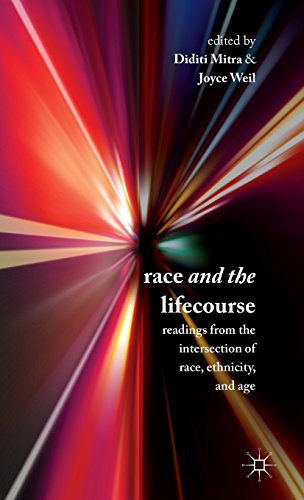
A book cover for Race and the Lifecourse: Readings from the Intersection of Race, Ethnicity, and Age; Religion & Spirituality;